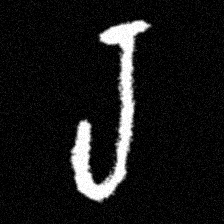
Pyu character \u2014 Myanmar letter: ရ (romanized: ra)